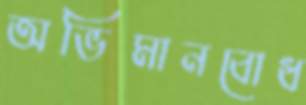
অভিমানবোধ